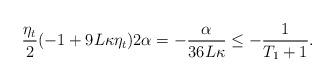
LaTeX: \begin{align*} \frac{\eta_{t}}{2}(-1+9L\kappa \eta_{t})2\alpha=-\frac{\alpha}{36L\kappa}\leq -\frac{1}{T_{1}+1}.\end{align*}